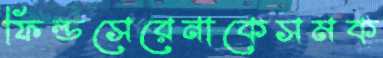
ফিল্ডসেরেনাকেসমক